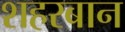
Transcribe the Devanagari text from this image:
शहरबान